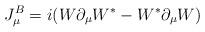
LaTeX: \begin{align*}J^B_\mu=i(W\partial_\mu W^*-W^*\partial_\mu W)\end{align*}